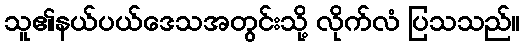
သူ၏နယ်ပယ်ဒေသအတွင်းသို့ လိုက်လံ ပြသသည်။